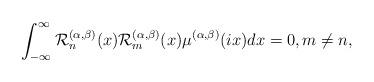
LaTeX: \begin{align*}\int_{-\infty}^{\infty}\mathcal{R}^{(\alpha,\beta)}_{n}(x)\mathcal{R}^{(\alpha,\beta)}_{m}(x)\mu^{(\alpha, \beta)}(ix) dx = 0, m \neq n,\end{align*}